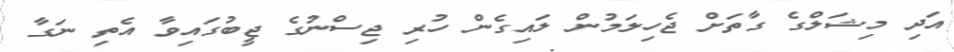
އަދި މިޝަލްގެ ގާތަށް ޖެހިލަމުން ލައިގެން ހުރި ޖިސްނުގެ ޖީބުގައިވާ އެތި ނަގާ